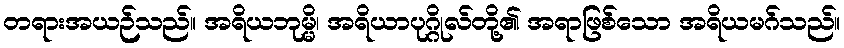
တရားအယဉ်သည်။ အရိယဘုမ္မိ၊ အရိယာပုဂ္ဂိုလ်တို့၏ အရာဖြစ်သော အရိယမဂ်သည်။